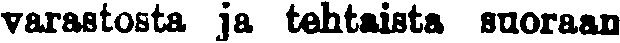
varastosta ja tehtaista suoraan